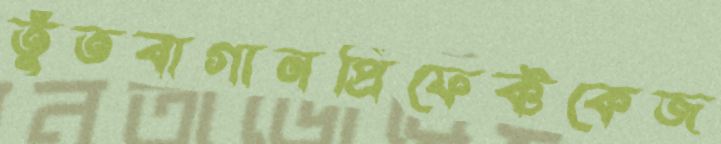
তুঁতবাগানপ্রিফেক্টকেজ